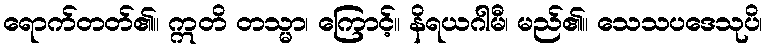
ရောက်တတ်၏။ ဣတိ တသ္မာ၊ ကြောင့်။ နိရယဂါမီ၊ မည်၏။ သေသပဒေသုပိ၊